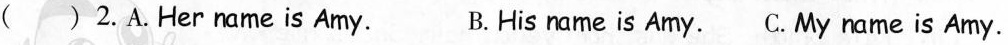
( ) 2.A.Her name is Amy. B.His name is Amy.C. My name is Amy.